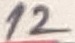
Text: 12